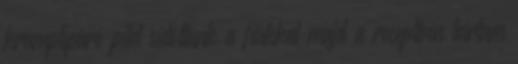
krumplipüré pitét sütöttünk a fiúkkal majd a receptben leírtam